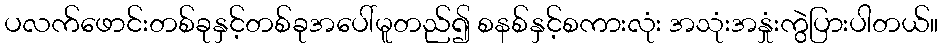
ပလက်ဖောင်းတစ်ခုနှင့်တစ်ခုအပေါ်မူတည်၍ စနစ်နှင့်စကားလုံး အသုံးအနှုံးကွဲပြားပါတယ်။